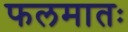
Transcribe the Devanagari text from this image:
फलमातः